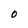
Character: O